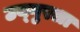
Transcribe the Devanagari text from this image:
उय्गुरला